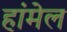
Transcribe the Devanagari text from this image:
हांमेल